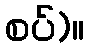
စပ်)။